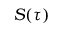
S ( \tau )